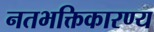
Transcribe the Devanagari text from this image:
नतभक्तिकारण्य